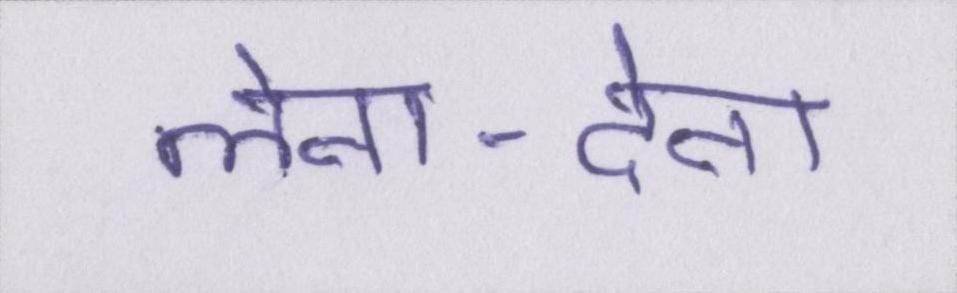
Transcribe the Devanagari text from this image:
लेना-देना